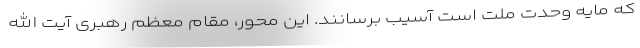
که مایه وحدت ملت است آسیب برسانند. این محور، مقام معظم رهبری آیت الله